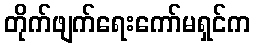
တိုက်ဖျက်ရေးကော်မရှင်က